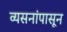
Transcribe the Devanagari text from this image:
व्यसनांपासून